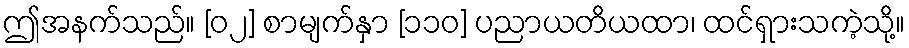
ဤအနက်သည်။ [၀၂] စာမျက်နှာ [၁၁၀] ပညာယတိယထာ၊ ထင်ရှားသကဲ့သို့။